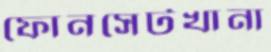
ফোনসেটখানা